Indian Civil Veterinary Department memoirs
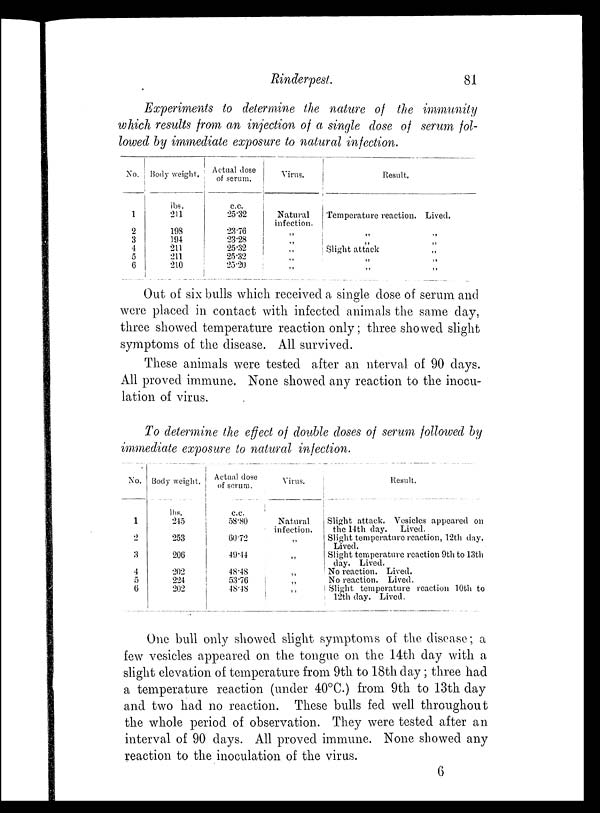
Rinderpest.
81
Experiments to determine the nature of the immunity
which results from an injection of a single dose of serum fol-
lowed by immediate exposure to natural infection.
No.
1
2
3
4
5
6
Body weight.
lbs.
211
198
194
211
211
210
Actual dose
of serum.
c.c.
25.32
23.76
23.28
25.32
25.32
25.20
Virus.
Natural
infection.
„
„
„
„
„
Result.
Temperature reaction.
„
„
Slight attack
„
„
Lived.
„
„
„
„
„
Out of six bulls which received a single dose of serum and
were placed in contact with infected animals the same day,
three showed temperature reaction only; three showed slight
symptoms of the disease. All survived.
These animals were tested after an nterval of 90 days.
All proved immune. None showed any reaction to the inocu-
lation of virus.
To determine the effect of double doses of serum followed by
immediate exposure to natural infection.
No.
1
2
3
4
5
6
Body weight.
lbs.
245
253
206
202
224
202
Actual dose
of serum.
c.c.
58.80
60.72
49.44
48.48
53.76
48.48
Virus.
Natural
infection.
„
„
„
„
„
Result.
Slight attack. Vesicles appeared on
the 14th day.
Lived.
Slight temperature reaction, 12th day.
Lived.
Slight temperature reaction 9th to 13th
day. Lived.
No reaction. Lived.
No reaction. Lived.
Slight temperature reaction 10th to
12th day. Lived.
One bull only showed slight symptoms of the disease; a
few vesicles appeared on the tongue on the 14th day with a
slight elevation of temperature from 9th to 18th day; three had
a temperature reaction (under 40°C.) from 9th to 13th day
and two had no reaction. These bulls fed well throughout
the whole period of observation. They were tested after an
interval of 90 days. All proved immune. None showed any
reaction to the inoculation of the virus.
6